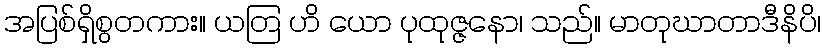
အပြစ်ရှိစွတကား။ ယတြ ဟိ ယော ပုထုဇ္ဇနော၊ သည်။ မာတုဃာတာဒီနိပိ၊